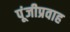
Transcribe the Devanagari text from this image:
पूंजीप्रवाह